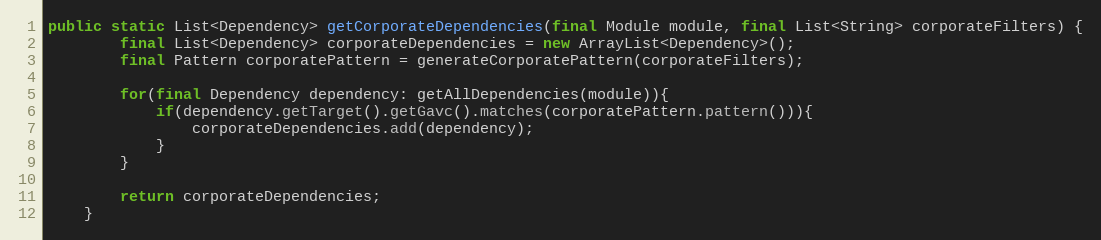
Language: Java
public static List<Dependency> getCorporateDependencies(final Module module, final List<String> corporateFilters) {
        final List<Dependency> corporateDependencies = new ArrayList<Dependency>();
        final Pattern corporatePattern = generateCorporatePattern(corporateFilters);

        for(final Dependency dependency: getAllDependencies(module)){
            if(dependency.getTarget().getGavc().matches(corporatePattern.pattern())){
                corporateDependencies.add(dependency);
            }
        }

        return corporateDependencies;
    }